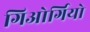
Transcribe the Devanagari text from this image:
गिओर्गियो